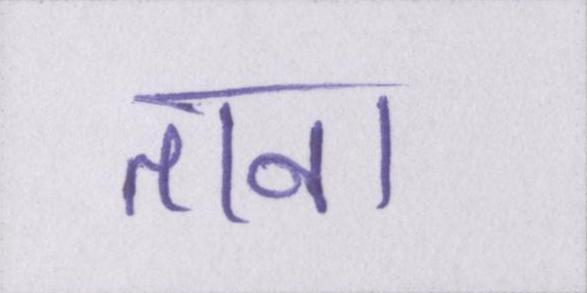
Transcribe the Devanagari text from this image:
ताना